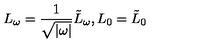
L _ { \omega } = \frac { 1 } { \sqrt { | \omega | } } \tilde { L } _ { \omega } , L _ { 0 } = \tilde { L } _ { 0 }